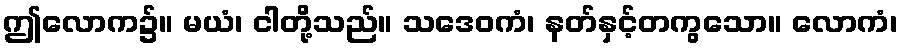
ဤလောက၌။ မယံ၊ ငါတို့သည်။ သဒေဝကံ၊ နတ်နှင့်တကွသော။ လောကံ၊